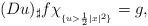
LaTeX: \begin{align*}(Du)_{\sharp}f\chi_{_{\{u>\frac{1}{2}|x|^2\}}}=g,\end{align*}